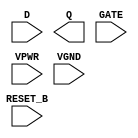
module sky130_fd_sc_hs__dlrtp (
    //# {{data|Data Signals}}
    input  D      ,
    output Q      ,

    //# {{control|Control Signals}}
    input  RESET_B,

    //# {{clocks|Clocking}}
    input  GATE   ,

    //# {{power|Power}}
    input  VPWR   ,
    input  VGND
);
endmodule